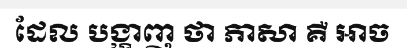
ដែល បង្ហាញ ថា ភាសា គឺ អាច